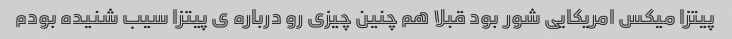
پیتزا میکس امریکایى شور بود قبلا هم چنین چیزى رو درباره ى پیتزا سیب شنیده بودم